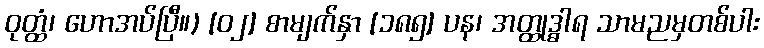
ဝုတ္ထံ၊ ဟောအပ်ပြီ။) [၀၂] စာမျက်နှာ [၁၈၅] ပန၊ အတ္ထုဒ္ဓါရ သာမညမှတစ်ပါး